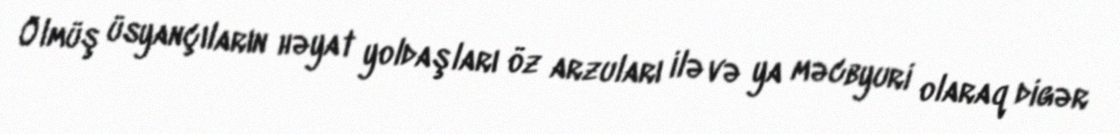
Ölmüş üsyançıların həyat yoldaşları öz arzuları ilə və ya məcbyuri olaraq digər